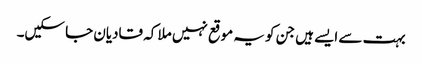
بہت سے ایسے ہیں جن کو یہ موقع نہیں ملا کہ قادیان جا سکیں۔